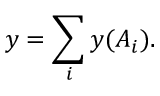
y = \sum _ { i } y ( A _ { i } ) .